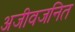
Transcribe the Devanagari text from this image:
अजीवजनित